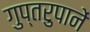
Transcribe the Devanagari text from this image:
गुप्तरुपानें